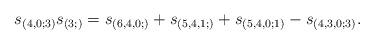
LaTeX: \begin{gather*}s_{(4,0;3)} s_{(3;)}=s_{(6,4,0;)}+s_{(5,4,1;)}+s_{(5,4,0;1)}-s_{(4,3,0;3)}.\end{gather*}